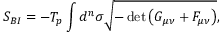
S _ { B I } = - T _ { p } \int d ^ { n } \sigma \sqrt { - \operatorname * { d e t } { \left( G _ { \mu \nu } + F _ { \mu \nu } \right) } } ,